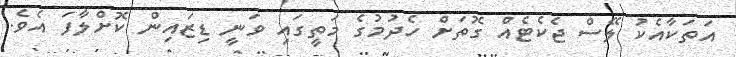
އަތަކާއެކު ލޭސް ޖެކެޓެއް ގޮތަށް ހެދުމުގެ މަތީގައި ވަނީ ޑިޒައިން ކޮށްލާފަ އެވެ.